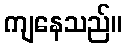
ကျနေသည်။